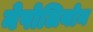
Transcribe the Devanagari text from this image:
नेपोलियोन